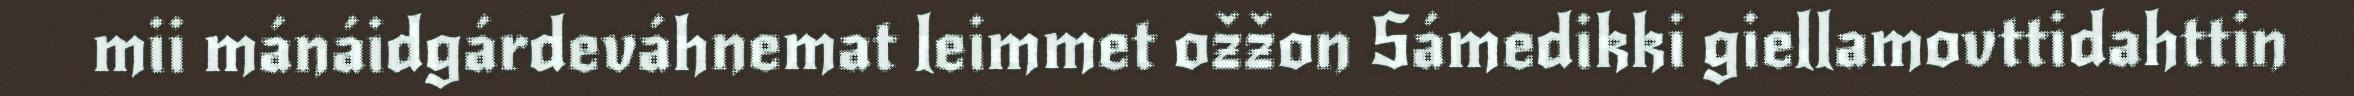
mii mánáidgárdeváhnemat leimmet ožžon Sámedikki giellamovttidahttin